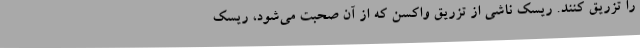
را تزریق کنند. ریسک ناشی از تزریق واکسن که از آن صحبت می‌شود، ریسک